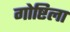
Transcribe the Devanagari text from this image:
गोष्टिला